Lunatic asylums Central Provinces reports 1874-1885 - 1874-1885
Year: 1874
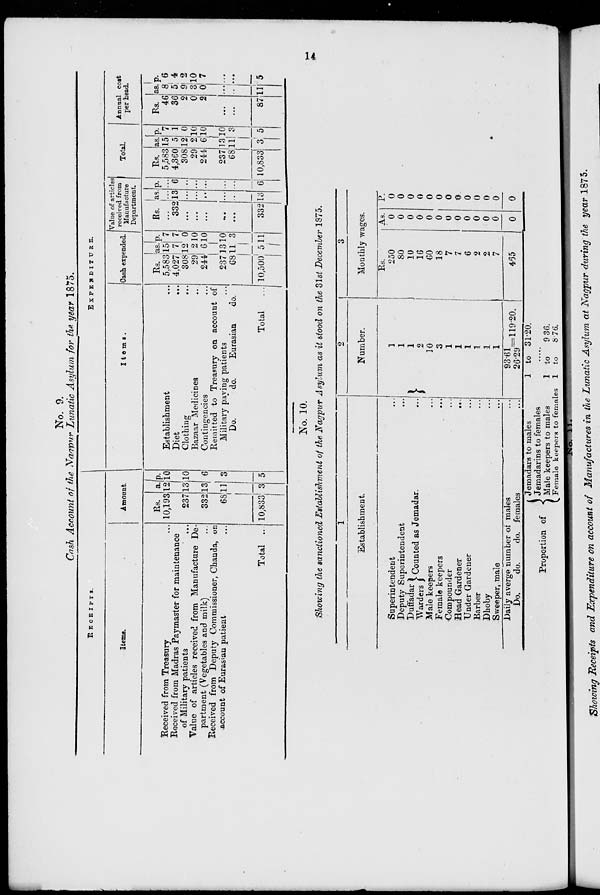
14
No. 9.
Cash Account of the Nagpur Lunatic Asylum for the. year 1875.
RECEIPTS.
Items.
Received from Treasury ...
Received from Madras Paymaster for maintenance
of Military patients ...
Value of articles received from Manufacture De-
partment (Vegetables and milk) ...
Received from Deputy Commissioner, Chanda, on
account of Eurasian patient ...
Total ...
Amount.
Rs.
10,193
237
332
68
10,833
a.
12
13
13
11
3
p. 10
10
6
3
5
EXPENDITURE.
Items.
Establishment ...
Diet
...
Clothing
...
Bazaar Medicines ...
Contingencies ...
Remitted to Treasury on account of
Military paying patients ...
Do.
do.
Eurasian
do.
Total ...
Cash expended.
Rs.
5,583
4,027
308
29
244
237
68
10,500
as.
15
7
12
2
6
13
11
5
p.
7
7
0
10
10
10
3
11
Value of articles
received from
Manufacture
Department.
Rs.
...
332
...
...
...
...
...
332
as.
...
13
...
...
...
...
...
13
p.
...
6
...
...
...
...
...
6
Total.
Rs.
5,583
4,360
308
29
244
237
68
10,833
as.
15
5
12
2
6
13
11
3
p.
7
1
0
10
10
10
3
5
Annual cost
per head.
Rs.
46
36
2
0
2
...
...
87
as.
8
5
9
3
0
...
...
11
p.
6
4
2
10
7
...
...
5
No. 10.
Showing the sanctioned Establishtnent of the Nagpur Asylum as it stood on the 31st December 1875.
1
Establishment.
Superintendent ...
Deputy Superintendent ...
Duffadar
Warders
Counted as Jemadar. ...
Male keepers ...
Female keepers ...
Compounder ...
Head Gardener
...
Under Gardener ...
Barber ...
Dhoby ...
Sweeper, male ...
Daily averge number of males ...
Do.
do.
do. females ...
2
Number.
1
1
1
2
10
3
1
1
1
1
1
1
93.61
26.29 119.20.
3
Monthly wages.
Rs.
250
80
10
16
60
18
7
7
6
2
2
7
465
As.
0
0
0
0
0
0
0
0
0
0
0
0
0
P.
0
0
0
0
0
0
0
0
0
0
0
0
0
Proportion of
Jemadars to males
Jemadarins to females
Male keepers to males
Female keepers to females
1 to 31.20.
......
1 to
9.36.
1 to
8.76.